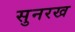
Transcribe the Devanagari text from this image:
सुनरख